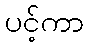
ပင့်ကာ